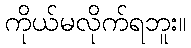
ကိုယ်မလိုက်ရဘူး။